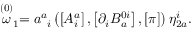
\stackrel { \left( 0 \right) } { \omega } _ { 1 } = a _ { \; \; i } ^ { a } \left( \left[ A _ { i } ^ { a } \right] , \left[ \partial _ { i } B _ { a } ^ { 0 i } \right] , \left[ \pi \right] \right) \eta _ { 2 a } ^ { i } .